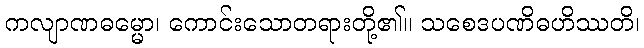
ကလျာဏဓမ္မော၊ ကောင်းသောတရားတို့၏။ သစေဒပဏိဓဟိဿတိ၊